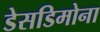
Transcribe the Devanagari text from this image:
डेसडिमोना